Report of the Indian Hemp Drugs Commission, 1894-1895 - Volume V
Year: 1894
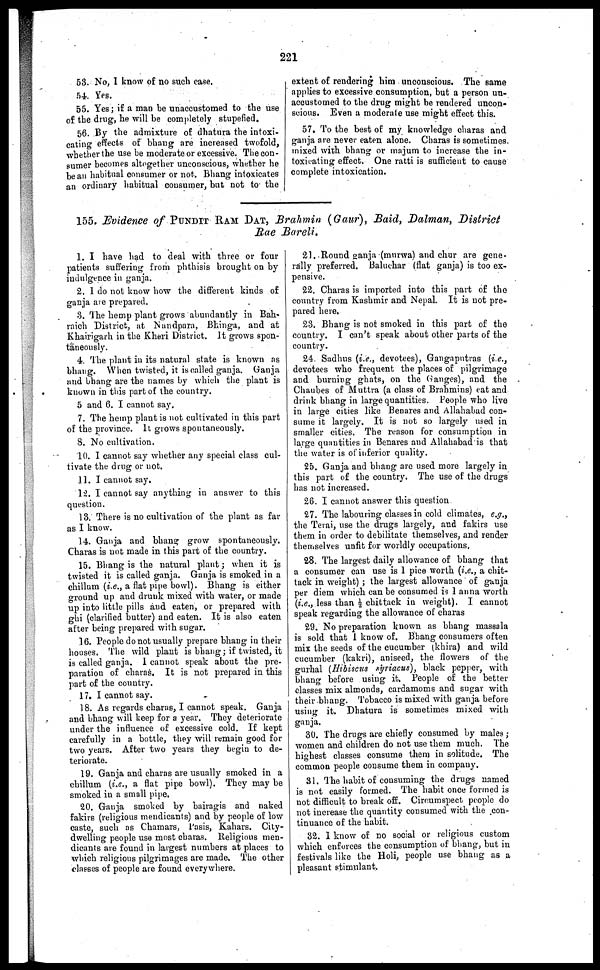
221
53. No, I know of no such case.
54. Yes.
55. Yes ; if a man be unaccustomed to the use
of the drug, he will be completely stupefied.
56. By the admixture of dhatura the intoxi-
cating effects of bhang are increased twofold,
whether the use be moderate or excessive. The con-
sumer becomes altogether unconscious, whether he
be an habitual consumer or not. Bhang intoxicates
an ordinary habitual consumer, but not to the
extent of rendering him unconscious. The same
applies to excessive consumption, but a person un-
accustomed to the drug might be rendered uncon-
scious. Even a moderate use might effect this.
57. To the best of my knowledge charas and
ganja are never eaten alone. Charas is sometimes,
mixed with bhang or majum to increase the in-
toxicating effect. One ratti is sufficient to cause
complete intoxication.
155. Evidence of PUNDIT RAM DAT, Brahmin (Gaur), Baid, Dalman, District
Rae Bareli.
1. I have had to deal with three or four
patients suffering from phthisis brought on by
indulgence in ganja.
2. 1 do not know how the different kinds of
ganja are prepared.
3. The hemp plant grows abundantly in Bah-
raich District, at Nandpara, Bhinga, and at
Khairigarh in the Kheri District. It grows spon-
taneously.
4. The plant in its natural state is known as
bhang. When twisted, it is called ganja. Ganja
and bhang are the names by which the plant is
known in this part of the country.
5 and 6. I cannot say.
7. The hemp plant is not cultivated in this part
of the province. It grows spontaneously.
8. No cultivation.
10. I cannot say whether any special class cul-
tivate the drug or not.
11. I cannot say.
12. I cannot say anything in answer to this
question.
13. There is no cultivation of the plant as far
as I know.
14. Ganja and bhang grow spontaneously.
Charas is not made in this part of the country.
15. Bhang is the natural plant ; when it is
twisted it is called ganja. Ganja is smoked in a
chillum (i.e., a flat pipe bowl). Bhang is either
ground up and drunk mixed with water, or made
up into little pills and eaten, or prepared with
ghi (clarified butter) and eaten. It is also eaten
after being prepared with sugar.
16. People do not usually prepare bhang in their
houses. The wild plant is bhang ; if twisted, it
is called ganja. I cannot speak about the pre-
paration of charas. It is not prepared in this
part of the country.
17. I cannot say.
18. As regards charas, I cannot speak. Ganja
and bhang will keep for a year. They deteriorate
under the influence of excessive cold. If kept
carefully in a bottle, they will remain good for
two years. After two years they begin to de-
teriorate.
19. Ganja and charas are usually smoked in a
chillum (i.e., a flat pipe bowl). They may be
smoked in a small pipe.
20. Ganja smoked by bairagis and naked
fakirs (religious mendicants) and by people of low
caste, such as Chamars, Pasis, Kahars. City-
dwelling people use most charas. Religious men-
dicants are found in largest numbers at places to
which religious pilgrimages are made. The other
classes of people are found everywhere.
21. Round ganja (murwa) and char are gene-
rally preferred. Baluchar (flat ganja) is too ex-
pensive.
22. Charas is imported into this part of the
country from Kashmir and Nepal. It is not pre-
pared here.
23. Bhang is not smoked in this part of the
country. I can't speak about other parts of the
country.
24. Sadbus (i.e., devotees), Gangaputras (i.e.,
devotees who frequent the places of pilgrimage
and burning ghats, on the Ganges), and the
Chaubes of Muttra (a class of Brahmins) eat and
drink bhang in large quantities. People who live
in large cities like Benares and Allahabad con-
sume it largely. It is not so largely used in
smaller cities. The reason for consumption in
large quantities in Benares and Allahabad is that
the water is of inferior quality.
25. Ganja and bhang arc used more largely in
this part of the country. The use of the drugs
has not increased.
26. I cannot answer this question
27. The labouring classes in cold climates, e.g.,
the Terai, use the drugs largely, and fakirs use
them in order to debilitate themselves, and render
themselves unfit for worldly occupations.
28. The largest daily allowance of bhang that
a consumer can use is 1 pice worth (i.e., a chit-
tack in weight) ; the largest allowance of ganja
per diem which can be consumed is 1 anna worth
(i.e., less than ½ chittack in weight). I cannot
speak regarding the allowance of charas
29. No preparation known as bhang massala
is sold that I know of. Bhang consumers often
mix the seeds of the cucumber (khira) and wild
cucumber (kakri), aniseed, the flowers of the
gurhal (Hibiscus syriacus), black pepper, with
bhang before using it. People of the better
classes mix almonds, cardamoms and sugar with
their bhang. Tobacco is mixed with ganja before
using it. Dhatura is sometimes mixed with
ganja.
30. The drugs are chiefly consumed by males ;
women and children do not use them much. The
highest classes consume them in solitude. The
common people consume them in company.
31. The habit of consuming the drugs named
is not easily formed. The habit once formed is
not difficult to break off. Circumspect people do
not increase the quantity consumed with the con-
tinuance of the habit.
32. I know of no social or religious custom
which enforces the consumption of bhang, but in
festivals like the Holi, people use bhang as a
pleasant stimulant.